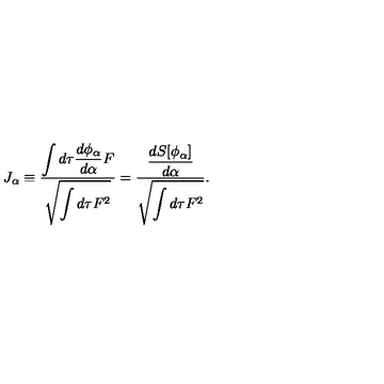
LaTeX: J _ { \alpha } \equiv { \frac { \displaystyle \int d \tau { \frac { d \phi _ { \alpha } } { d \alpha } } F } { \displaystyle \sqrt { \int d \tau F ^ { 2 } } } } = { \frac { \displaystyle { \frac { d S [ \phi _ { \alpha } ] } { d \alpha } } } { \displaystyle \sqrt { \int d \tau F ^ { 2 } } } } .